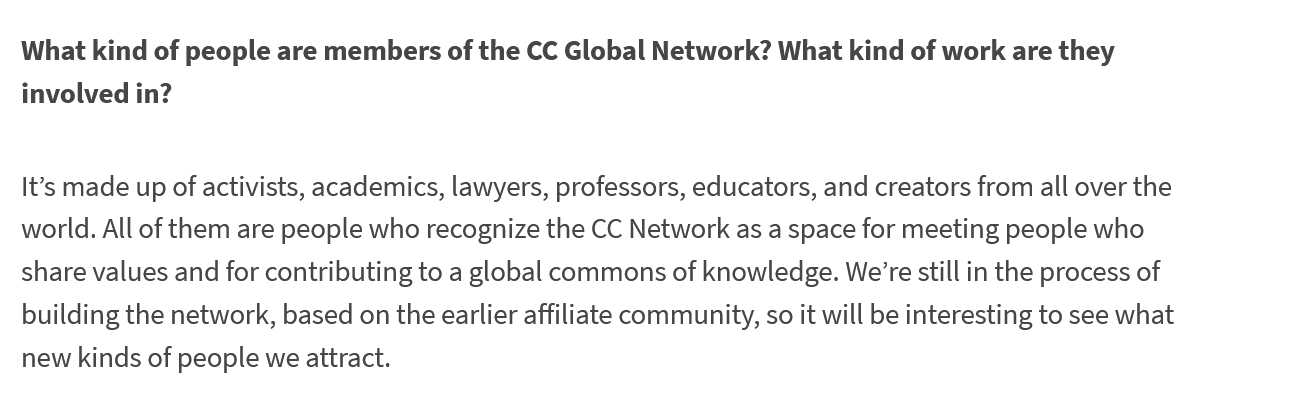
What kind of people are members of the CC Global Network? What kind of work are they
  involved in?
  It’s made up of activists, academics, lawyers, professors, educators, and creators from all over the
  world. All of them are people who recognize the CC Network as a space for meeting people who
  share values and for contributing to a global commons of knowledge. We’re still in the process of
  building the network, based on the earlier affiliate community, so it will be interesting to see what
  new kinds of people we attract.